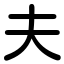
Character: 夫